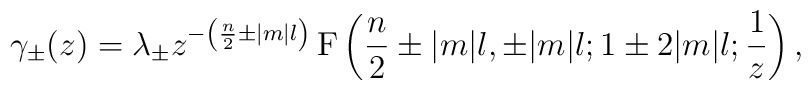
\gamma_\pm(z) = \lambda_\pm z^{-\left(\frac{n}2 \pm |m|l\right)}  \,\mathrm{F} \left(\frac{n}2\pm |m|l, \pm |m|l; 1\pm 2|m|l; \frac1z  \right),